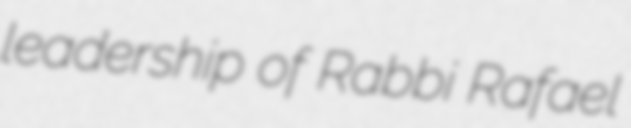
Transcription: leadership of Rabbi Rafael